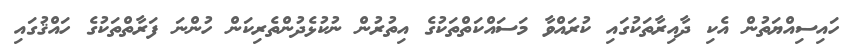
ހައިސިއްޔަތުން އެކި ދާއިރާތަކުގައި ކުރައްވާ މަސައްކަތްތަކުގެ އިތުރުން ނުކުޅެދުންތެރިކަން ހުންނަ ފަރާތްތަކުގެ ހައްޤުގައި